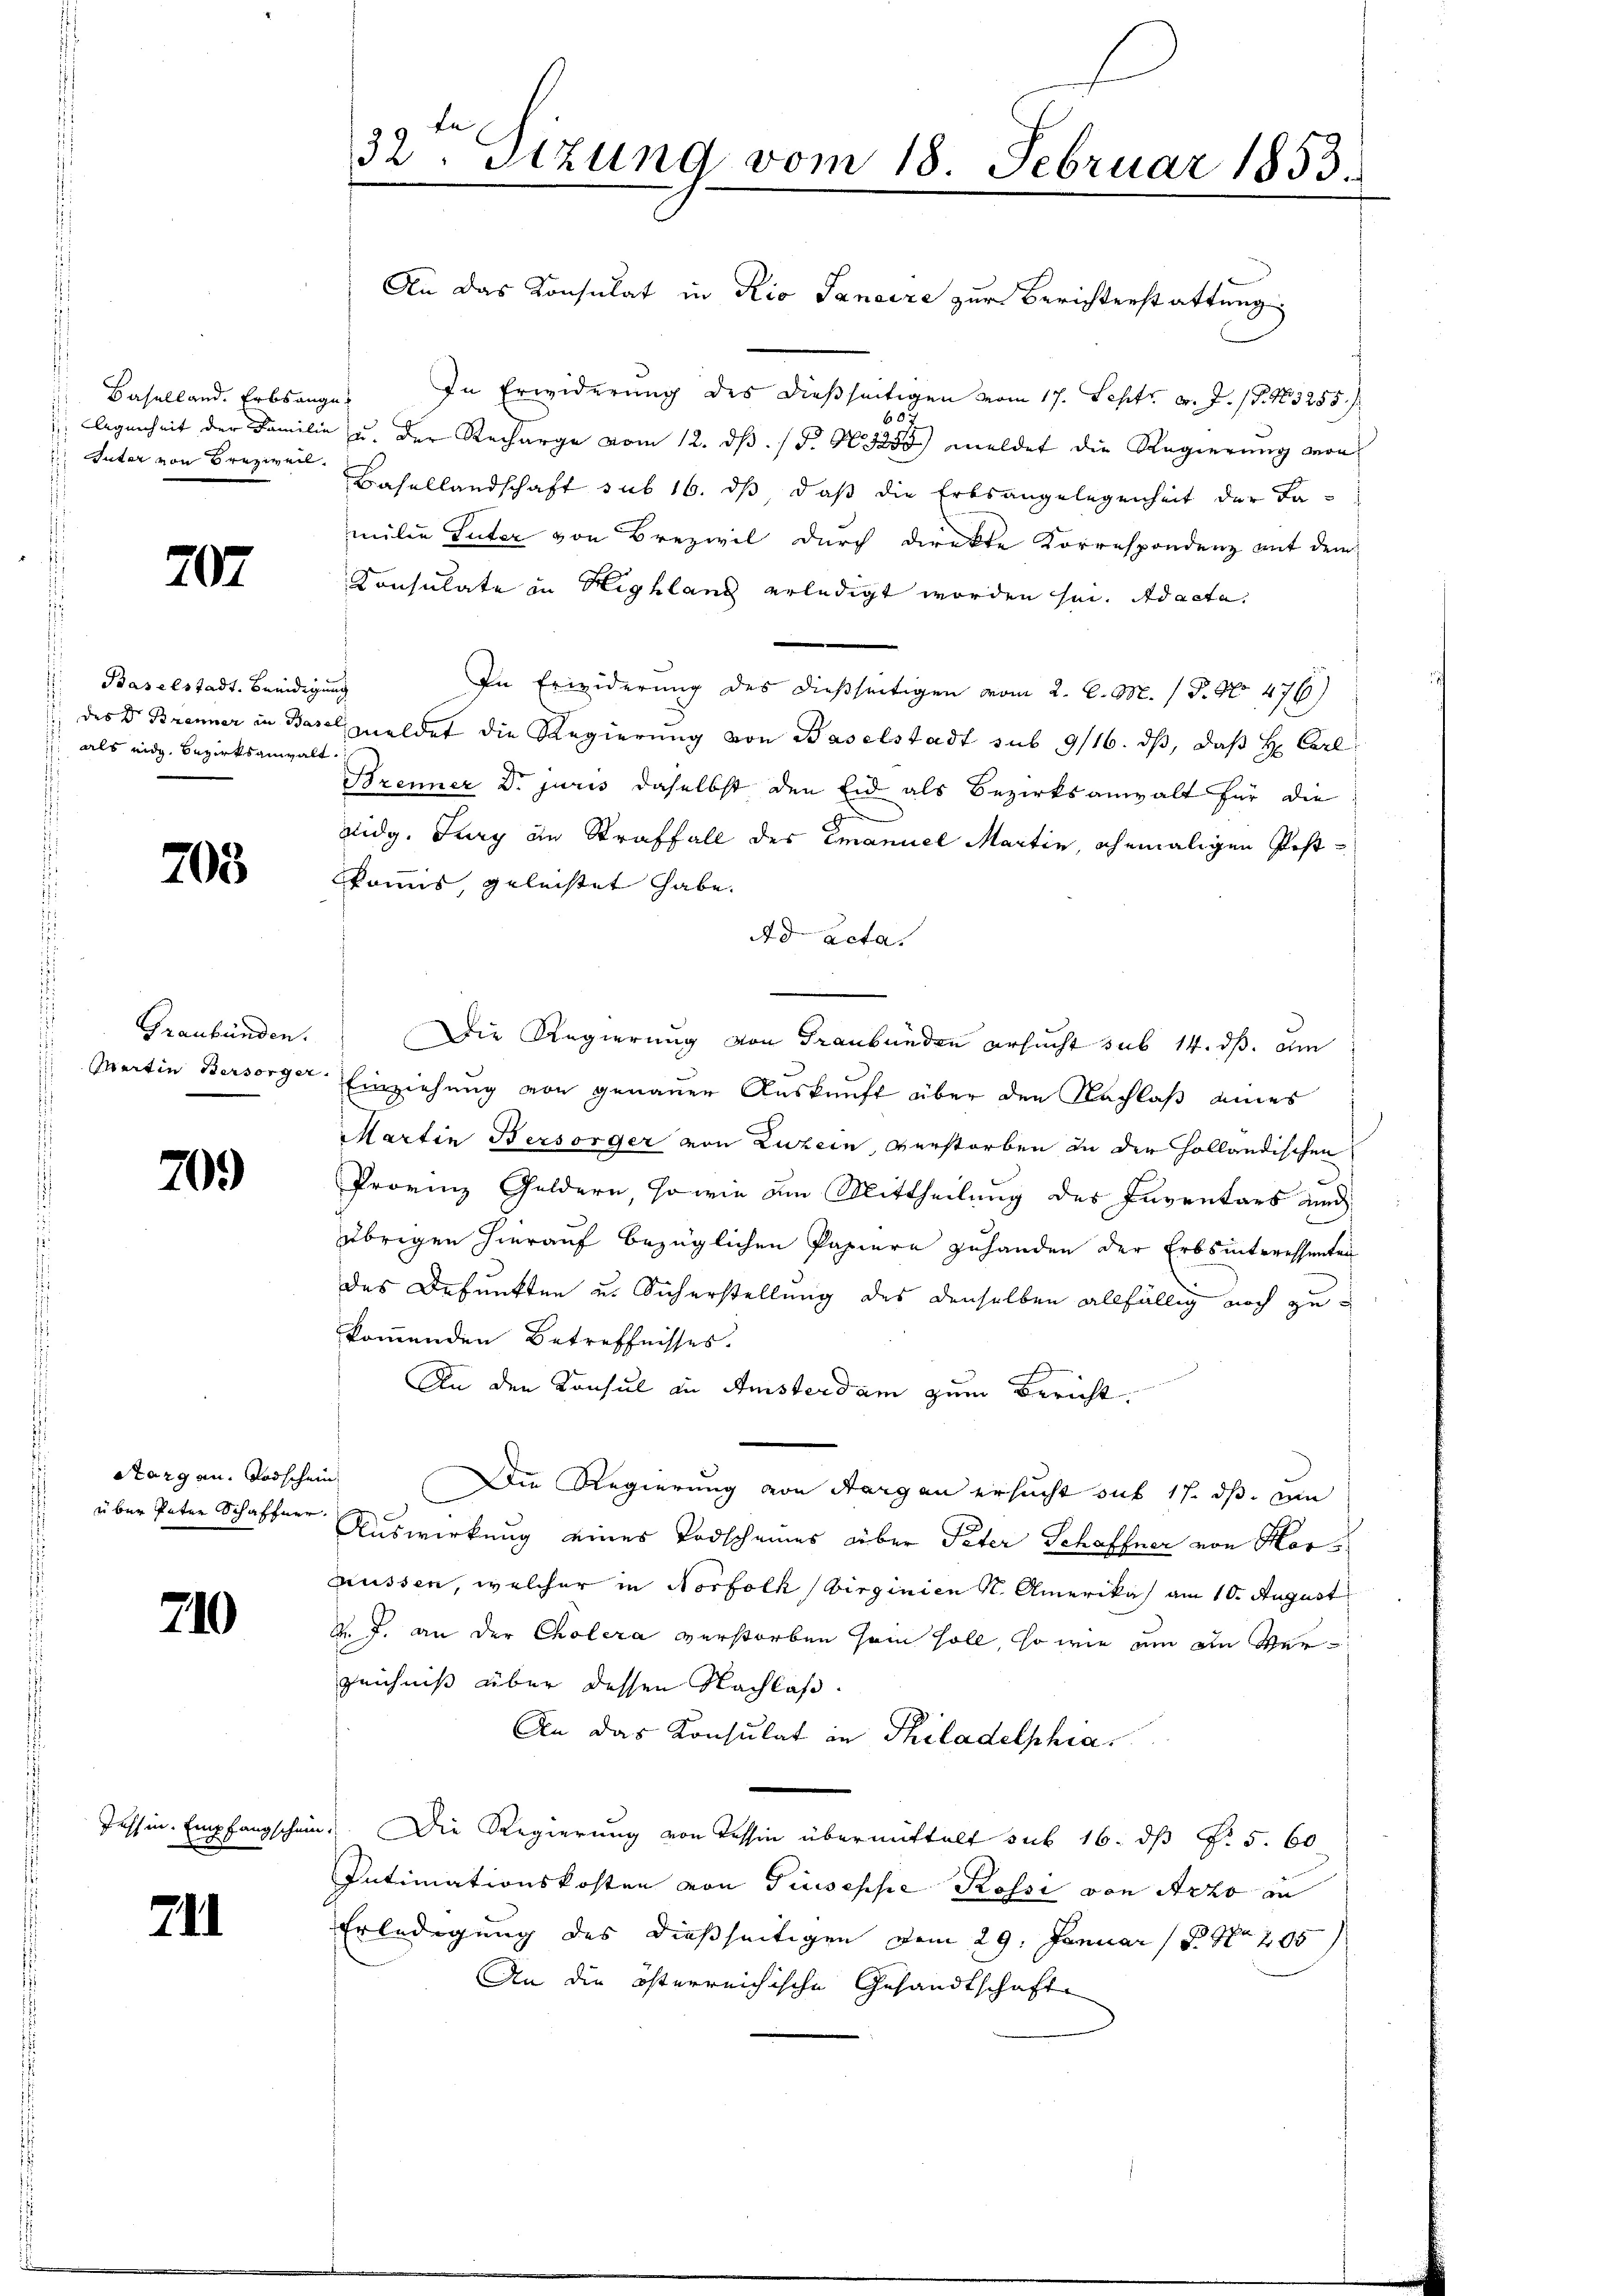
Baselland. Erbsange¬
 Inter von Breziven.

707

Baselstadt, beendig
des Dr. Brenner in Bas
1 als eidg. Bezirksanwalt

705

Graubünden.

20.

Aargau. Todschen
uber Pater Schaffner.

710

Jushin. Empfangschein

71

32. Sizung vom 18. Februar 1853.

An das Konsulat in Rio Sanaire zur Berichterstattung
In Erwiderung des dießseitigen vom 17. Sept. v. J. P. Nr. 3255 f.
6
 Agenheit der Familie u. der Recharge vom 12. dβ. /F. N. 3255 meldet die Regierŭng von
Basellandschaft sub 16. ds, daß die Erbsangelegenheit der Lamilie Luter von Brezivil durch direkte Korrespondenz mit dem
Consulate in Highland erledigt worden sei. Ad acta.
un
In Erwiderung des dießseitigen vom 2. C. M. / P. Nr. 476)
emeldet die Regierung von Baselstadt sub 9/16. dβ, daß H. Carl
d
Brenner Dr. juris daselbst den Eid als Bezirksanwalt für die
vidg. Burg in Straffall des Emanuel Martin, ehemaligen Pestkommis, geleistet habe.
Ad Acta.
Die Regierung von Graubünden ersucht sub 14. dß. am
Martin Bersorger Einziehung von genauer Auskunft über den Nachlaß eines
Martin Bersorger von Luzern, verstorben in der Holländischen
Provinz Goldern, so wie am Mittheilung des Inventars und
übrigen hierauf bezüglichen Papiere zuhanden der Erbsinteressenten
des Befunkten u. Sicherstellung des denselben allfällig noch zukommenden Betreffnisses.
An den Konsul in Ansterdam zum Bericht.
i
Die Regierung von Aargau ersucht sub 17. ds. wie
Auswirkung eines Todscheines über Peter Schaffner von Hors
müssen, welcher in Norfolk (Virginien K. Amerikas am 10. August
k. J. an der Cholera verstorben sein soll, so wie um ein Verzeichniß über dessen Nachlaß.
An das Konsulat in Philadelphia
Die Regierung von Tessin übermittelt sub 16. ds Fr. 5. 60
Intimationskosten von Giuseppe Rossi von Acto in
Erledigung des dießseitigen dem 29. Januar 18. No 205
An die österreichische Gesandtschafte